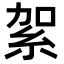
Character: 𥿃